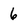
Character: 6